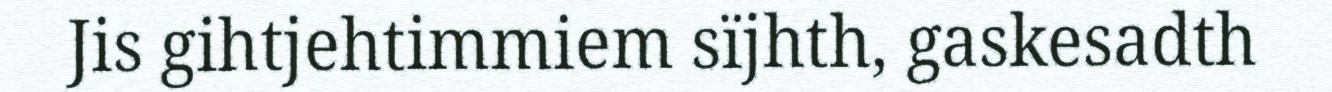
Jis gihtjehtimmiem sïjhth, gaskesadth